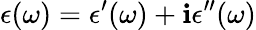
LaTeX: \epsilon(\omega)=\epsilon^{\prime}(\omega)+\mathbf{i}\epsilon^{\prime\prime}(\omega)